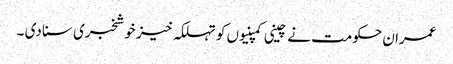
عمران حکومت نے چینی کمپنیوں کو تہلکہ خیز خوشخبری سنا دی ۔